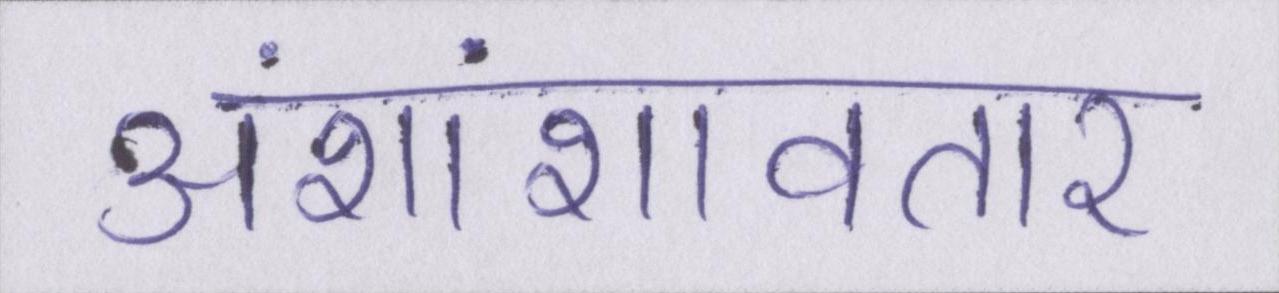
अंशांशावतार